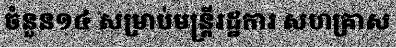
ចំនួន១៤ សម្រាប់មន្ត្រីរដ្ឋការ សហគ្រាស